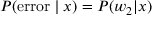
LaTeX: P ( { \mathrm { e r r o r } } \mid x ) = P ( w _ { 2 } | x )